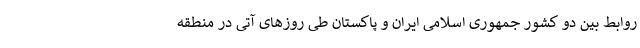
روابط بین دو کشور جمهوری اسلامی ایران و پاکستان طی روزهای آتی در منطقه